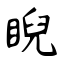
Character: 睨